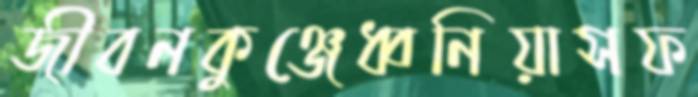
জীবনকুঞ্জেধ্বনিয়াসফ